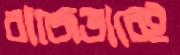
বাজেভাবেই